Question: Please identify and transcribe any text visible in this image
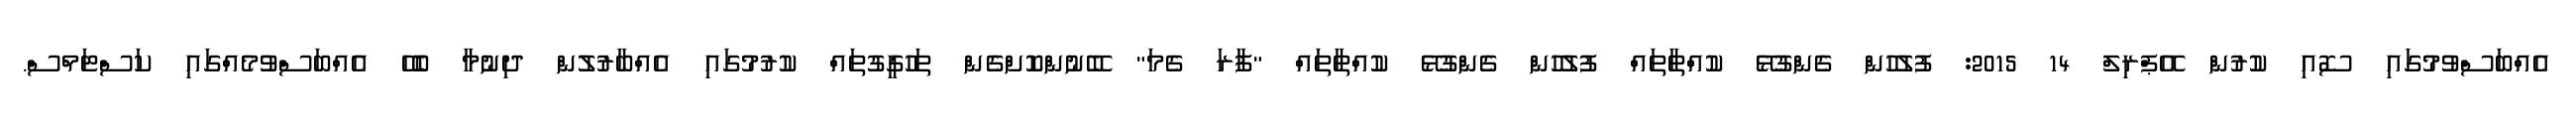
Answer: އެއްބަސްވުމުގައި ސޮއި ކުރުން އޭޕްރިލް 14 2015: ފުލުހުން ގެންގުޅޭ ކުއްތާތައް ފުލުހުން ގެންގުޅޭ ކުއްތާތައް "ފާރަ ގެމަ" ބޭނުންކޮށްގެން ތަހުގީގުތައް ކުރުމުގައި އެއްބާރުލުން ދިނުމާ ބެހޭ އެއްބަސްވުމެއްގައި ކަސްޓަމްސް.